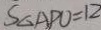
S _ { \Delta } A P O = 1 2